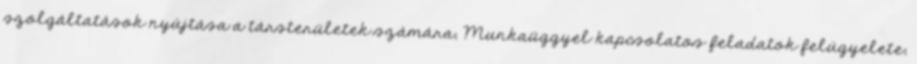
szolgáltatások nyújtása a társterületek számára; Munkaüggyel kapcsolatos feladatok felügyelete;